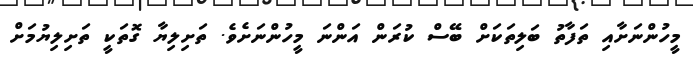
މީހުންނަށާއި ތަފާތު ބަލިތަކަށް ބޭސް ކުރަން އަންނަ މީހުންނަށެވެ. ތަށިލިޔާ ގޮތަކީ ތަށިލިޔުމަށް